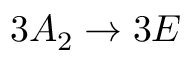
3 A _ { 2 } \rightarrow 3 E